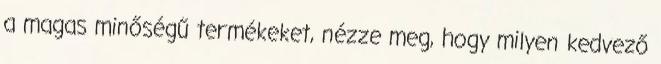
a magas minőségű termékeket, nézze meg, hogy milyen kedvező